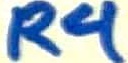
Text: R4